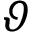
\vartheta